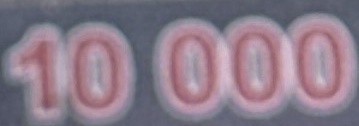
10 000